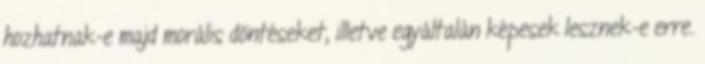
hozhatnak-e majd morális döntéseket, illetve egyáltalán képesek lesznek-e erre.